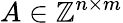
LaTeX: A\in\mathbb Z^{n\times m}